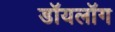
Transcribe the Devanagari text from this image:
डॉयलॉग